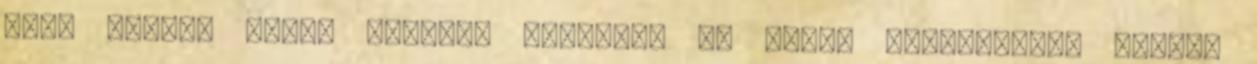
hogy minden ilyen jellegű könyvben az erős, határozott, gazdag